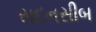
સદનસીબ